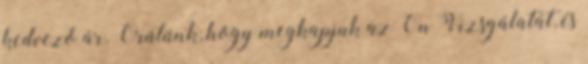
kedvező ár. Örülünk, hogy megkapjuk az Ön Vizsgálatát, és